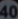
40